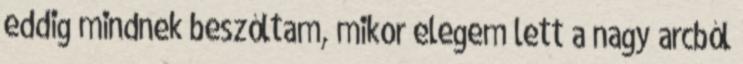
eddig mindnek beszóltam, mikor elegem lett a nagy arcból